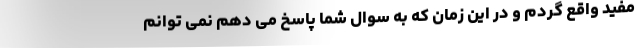
مفید واقع گردم و در این زمان که به سوال شما پاسخ می دهم نمی توانم